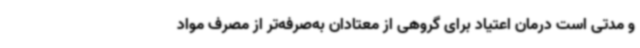
و مدتی است درمان اعتیاد برای گروهی از معتادان به‌صرفه‌تر از مصرف مواد